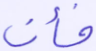
فأن